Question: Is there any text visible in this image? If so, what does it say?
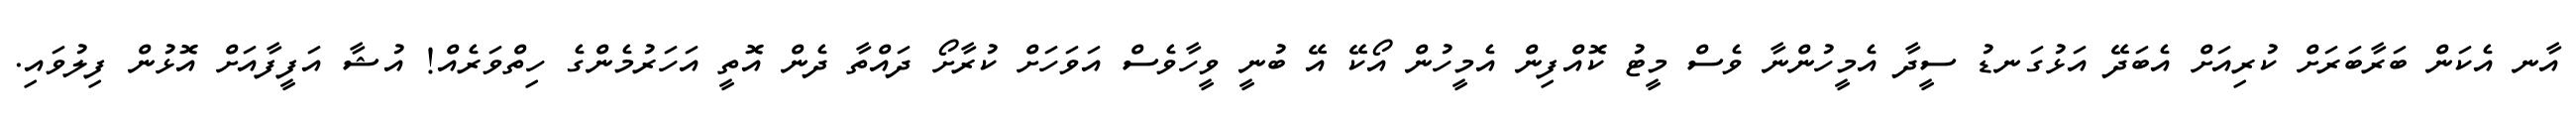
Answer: އާނ އެކަން ބަރާބަރަށް ކުރިއަށް އެބަދޭ އަޅުގަނޑު ސީދާ އެމީހުންނާ ވެސް މީޓު ކޮއްފިން އެމީހުން އޯކޭ އޭ ބުނީ ވީހާވެސް އަވަހަށް ކުރާށޯ ދައްތާ ދެން އޮތީ އަހަރުމެންގެ ހިތްވަރެއް! އުޝާ އަފީފާއަށް އޮޅުން ފިލުވައި.